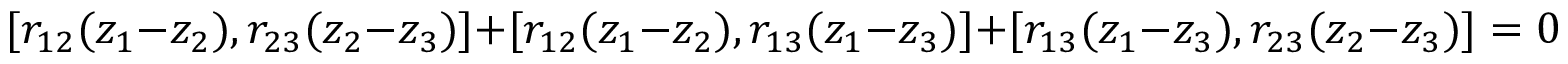
[ r _ { 1 2 } ( z _ { 1 } - z _ { 2 } ) , r _ { 2 3 } ( z _ { 2 } - z _ { 3 } ) ] + [ r _ { 1 2 } ( z _ { 1 } - z _ { 2 } ) , r _ { 1 3 } ( z _ { 1 } - z _ { 3 } ) ] + [ r _ { 1 3 } ( z _ { 1 } - z _ { 3 } ) , r _ { 2 3 } ( z _ { 2 } - z _ { 3 } ) ] = 0 .